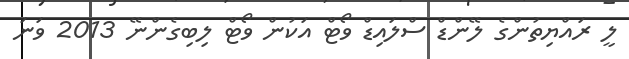
ލީ ރައްޔިތުންގެ ލޭންޑް ސްލައިޑް ވޯޓް އަކުން ވޯޓް ލިބިގެންނޭ 2013 ވަނަ